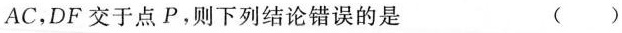
AC，DF交于点P，则下列结论错误的是（）